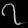
Digit: ၇